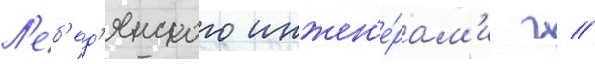
Л'еб'ед'янского инжен'е́рам'и г //